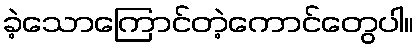
ခဲ့သောကြောင်တဲ့ကောင်တွေပါ။